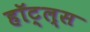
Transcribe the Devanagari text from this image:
हॉट्ल्स